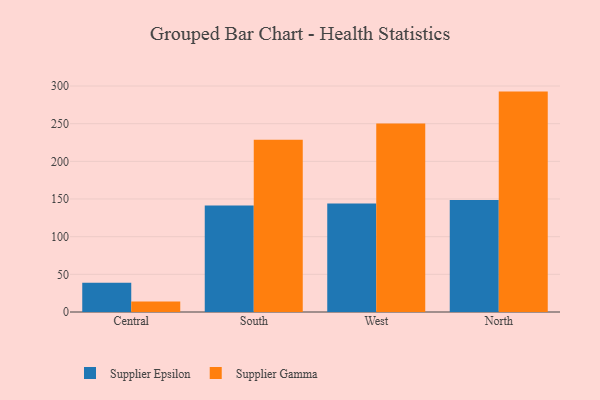
{"axis": {"x": "Region", "y": "Latency (ms)"}, "legend": ["Supplier Epsilon", "Supplier Gamma"], "data": [{"x": "Central", "y": 38.9, "type": "Supplier Epsilon"}, {"x": "Central", "y": 14.1, "type": "Supplier Gamma"}, {"x": "South", "y": 141.3, "type": "Supplier Epsilon"}, {"x": "South", "y": 228.8, "type": "Supplier Gamma"}, {"x": "West", "y": 144.1, "type": "Supplier Epsilon"}, {"x": "West", "y": 250.1, "type": "Supplier Gamma"}, {"x": "North", "y": 148.6, "type": "Supplier Epsilon"}, {"x": "North", "y": 292.6, "type": "Supplier Gamma"}]}